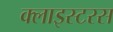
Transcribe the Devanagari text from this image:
क्लाइस्टरस